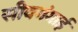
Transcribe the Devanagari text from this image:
सीवगंगाई